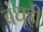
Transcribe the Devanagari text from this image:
बंधूही